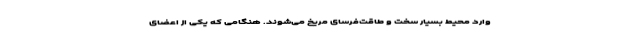
وارد محیط بسیار سخت و طاقت‌فرسای مریخ می‌شوند. هنگامی که یکی از اعضای